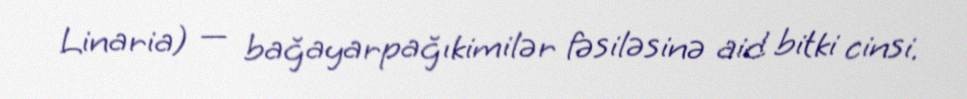
Linaria) — bağayarpağıkimilər fəsiləsinə aid bitki cinsi.